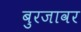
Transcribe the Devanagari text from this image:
बुरजावर